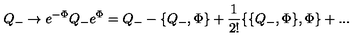
Q _ { - } \to e ^ { - \Phi } Q _ { - } e ^ { \Phi } = Q _ { - } - \{ Q _ { - } , \Phi \} + \frac { 1 } { 2 ! } \{ \{ Q _ { - } , \Phi \} , \Phi \} + . . .